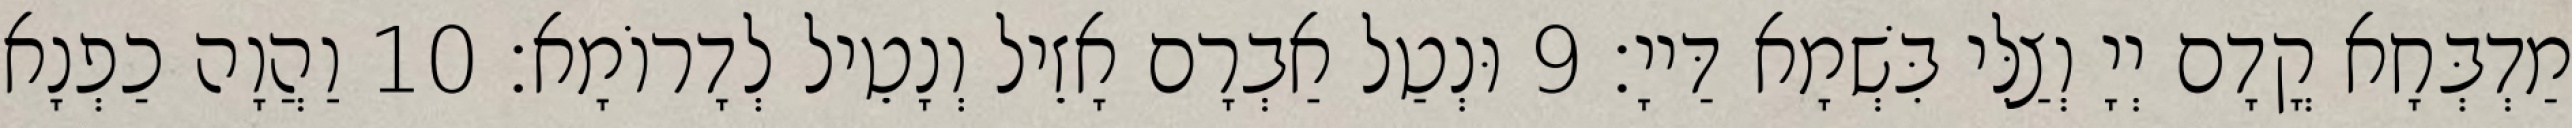
מַדְבְּחָא קֳדָם יְיָ וְצַלִּי בִּשְׁמָא דַּייָ׃ 9 וּנְטַל אַבְרָם אָזֵיל וְנָטֵיל לְדָרוֹמָא׃ 10 וַהֲוָה כַפְנָא